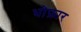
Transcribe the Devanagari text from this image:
धोफ़ार